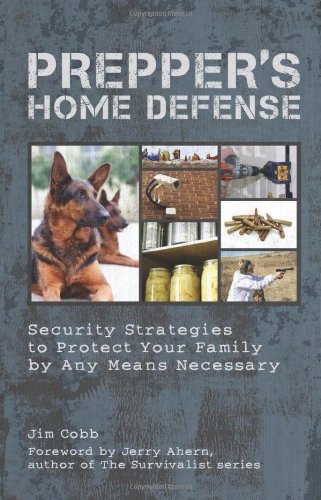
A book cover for Prepper's Home Defense: Security Strategies to Protect Your Family by Any Means Necessary; Jim Cobb; Crafts, Hobbies & Home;